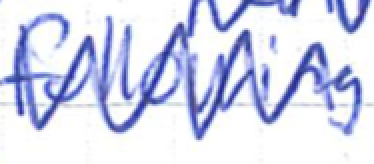
Text: following
Cross-out: mix
Writing tool: ballpoint